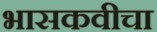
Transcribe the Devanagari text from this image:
भासकवीचा